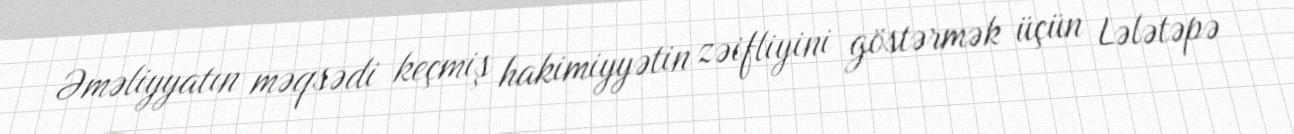
Əməliyyatın məqsədi keçmiş hakimiyyətin zəifliyini göstərmək üçün Lələtəpə